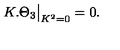
K . \Theta _ { 3 } { \big | } _ { K ^ { 2 } = 0 } = 0 .